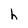
Character: h